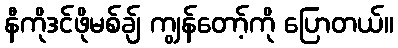
နီကိုဒင်ဖိုမစ်ချ် ကျွန်တော့်ကို ပြောတယ်။